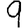
Digit: 9